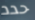
حدد